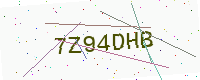
Text: 7Z94DHB